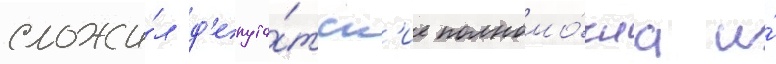
сложи́л д'епута́тск'ие полномо́чиа и́